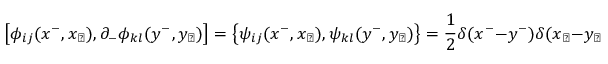
\left[ \phi _ { i j } ( x ^ { - } , x _ { \perp } ) , \partial _ { - } \phi _ { k l } ( y ^ { - } , y _ { \perp } ) \right] = \left\{ \psi _ { i j } ( x ^ { - } , x _ { \perp } ) , \psi _ { k l } ( y ^ { - } , y _ { \perp } ) \right\} = \frac { 1 } { 2 } \delta ( x ^ { - } - y ^ { - } ) \delta ( x _ { \perp } - y _ { \perp } ) \delta _ { i l } \delta _ { j k } .